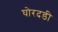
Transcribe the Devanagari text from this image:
घोरदडी